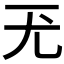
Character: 𡯊